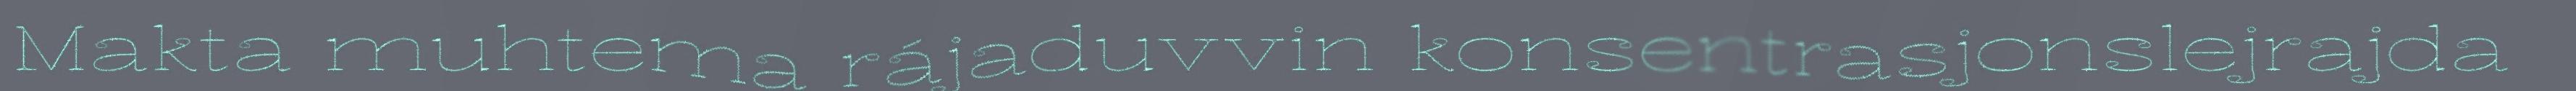
Makta muhtema rájaduvvin konsentrasjonslejrajda